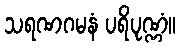
သရဏဂမနံ ပရိပုဏ္ဏံ။